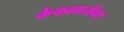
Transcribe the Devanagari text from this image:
केकावलीवर